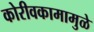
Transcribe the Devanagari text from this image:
कोरीवकामामुळे